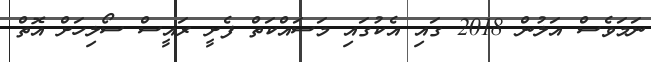
ނަމަވެސް އަލުން 2018 ގައި އެކުގައި މަސައްކަތް ފެށީ ރައީސް ސޯލިހަށް އޮތް